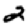
Digit: 2